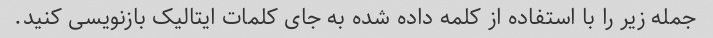
جمله زیر را با استفاده از کلمه داده شده به جای کلمات ایتالیک بازنویسی کنید.